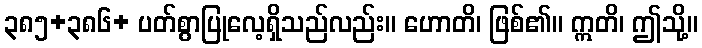
၃၈၅+၃၈၆+ ပတ်စွာပြုလေ့ရှိသည်လည်း။ ဟောတိ၊ ဖြစ်၏။ ဣတိ၊ ဤသို့။